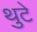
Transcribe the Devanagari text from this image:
थुटे